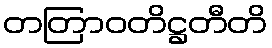
တတြာဝတိဋ္ဌတီတိ